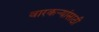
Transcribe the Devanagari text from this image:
वारकऱ्यांसाठी